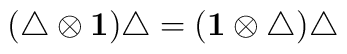
(\triangle\otimes{\bf 1})\triangle=({\bf 1}\otimes\triangle)\triangle